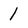
Character: 1